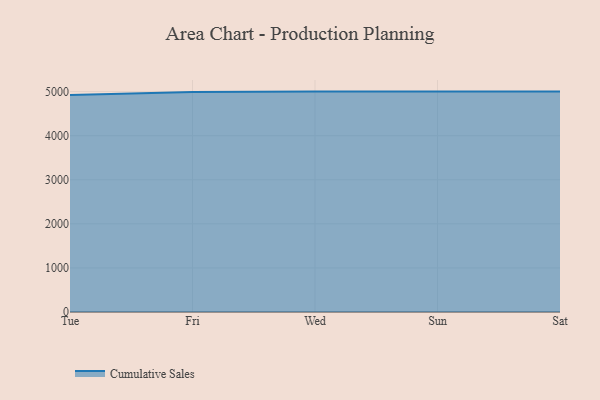
{"axis": {"x": "Day", "y": "Satisfaction Score"}, "legend": ["Cumulative Sales"], "data": [{"x": "Tue", "y": 4921.0, "type": "Cumulative Sales"}, {"x": "Fri", "y": 4992.3, "type": "Cumulative Sales"}, {"x": "Wed", "y": 5000, "type": "Cumulative Sales"}, {"x": "Sun", "y": 5000, "type": "Cumulative Sales"}, {"x": "Sat", "y": 5000, "type": "Cumulative Sales"}]}